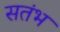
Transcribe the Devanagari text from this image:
सतंभ